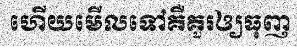
ហើយមើលទៅគឺគួរឲ្យធុញ